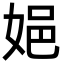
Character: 㛕